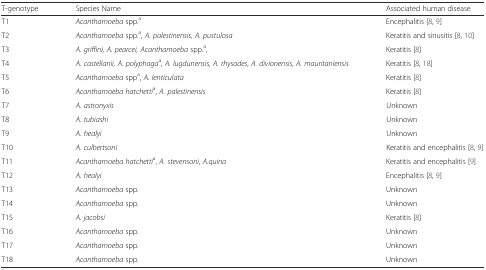
| T-genotype | Species Name | Associated human disease |
 | --- | --- | --- |
 | T1 | Acanthamoeba spp.a | Encephalitis [8, 9] |
 | T2 | Acanthamoeba spp.a, A. palestinensis, A. pustulosa | Keratitis and sinusitis [8, 10] |
 | T3 | A. griffini, A. pearcei, Acanthamoeba spp.a, | Keratitis [8] |
 | T4 | A. castellanii, A. polyphagaa, A. lugdunensis, A. rhysodes, A. divionensis, A. mauritaniensis | Keratitis [8, 18] |
 | T5 | Acanthamoeba sppa, A. lenticulata | Keratitis [8] |
 | T6 | Acanthamoeba hatchettia, A. palestinensis | Keratitis [8] |
 | T7 | A. astronyxis | Unknown |
 | T8 | A. tubiashi | Unknown |
 | T9 | A. healyi | Unknown |
 | T10 | A. culbertsoni | Keratitis and encephalitis [8, 9] |
 | T11 | Acanthamoeba hatchettia, A. stevensoni, A.quina | Keratitis and encephalitis [9] |
 | T12 | A. healyi | Encephalitis [8, 9] |
 | T13 | Acanthamoeba spp. | Unknown |
 | T14 | Acanthamoeba spp. | Unknown |
 | T15 | A. jacobsi | Keratitis [8] |
 | T16 | Acanthamoeba spp. | Unknown |
 | T17 | Acanthamoeba spp. | Unknown |
 | T18 | Acanthamoeba spp. | Unknown |